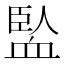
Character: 𧗄